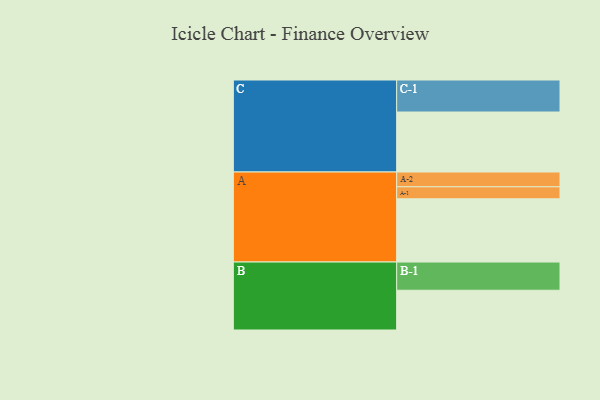
{"axis": {"x": "Segment", "y": "Value"}, "legend": ["", "A", "B", "C"], "data": [{"x": "A", "y": 547, "type": ""}, {"x": "B", "y": 344, "type": ""}, {"x": "C", "y": 519, "type": ""}, {"x": "A-1", "y": 104, "type": "A"}, {"x": "A-2", "y": 128, "type": "A"}, {"x": "B-1", "y": 244, "type": "B"}, {"x": "C-1", "y": 277, "type": "C"}]}